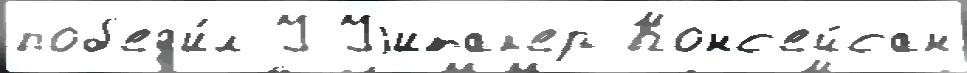
поб'ед'и́л У Уjитак'ер Конс'ейсан